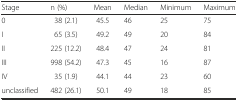
| Stage | n (%) | Mean | Median | Minimum | Maximum |
 | --- | --- | --- | --- | --- | --- |
 | 0 | 38 (2.1) | 45.5 | 46 | 25 | 75 |
 | I | 65 (3.5) | 49.2 | 49 | 20 | 84 |
 | II | 225 (12.2) | 48.4 | 47 | 24 | 81 |
 | III | 998 (54.2) | 47.3 | 45 | 16 | 87 |
 | IV | 35 (1.9) | 44.1 | 44 | 23 | 60 |
 | unclassified | 482 (26.1) | 50.1 | 49 | 18 | 85 |